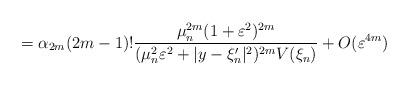
LaTeX: \begin{align*}=\alpha_{2m}(2m-1)!\frac{\mu_{n}^{2m}(1+\varepsilon^{2})^{2m}}{(\mu_{n}^{2}\varepsilon^{2}+|y-\xi_{n}'|^{2})^{2m}V(\xi_{n})}+O(\varepsilon^{4m})\end{align*}